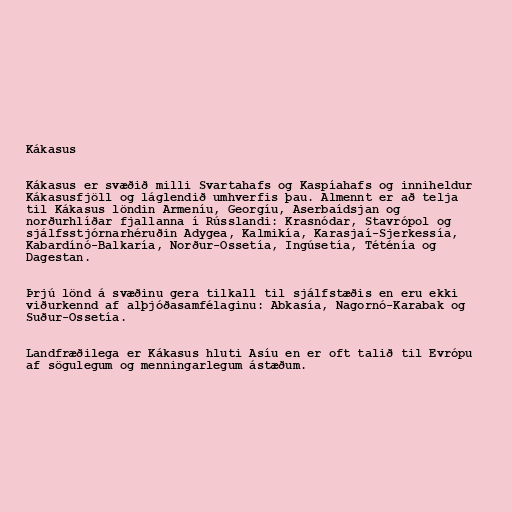
Kákasus

Kákasus er svæðið milli Svartahafs og Kaspíahafs og inniheldur
Kákasusfjöll og láglendið umhverfis þau. Almennt er að telja
til Kákasus löndin Armeníu, Georgíu, Aserbaídsjan og
norðurhlíðar fjallanna í Rússlandi: Krasnódar, Stavrópol og
sjálfsstjórnarhéruðin Adygea, Kalmikía, Karasjaí-Sjerkessía,
Kabardínó-Balkaría, Norður-Ossetía, Ingúsetía, Téténía og
Dagestan.

Þrjú lönd á svæðinu gera tilkall til sjálfstæðis en eru ekki
viðurkennd af alþjóðasamfélaginu: Abkasía, Nagornó-Karabak og
Suður-Ossetía.

Landfræðilega er Kákasus hluti Asíu en er oft talið til Evrópu
af sögulegum og menningarlegum ástæðum.